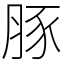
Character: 豚